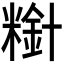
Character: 𫃋